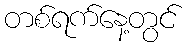
တစ်ရက်နေ့တွင်